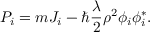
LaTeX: { \cal P } _ { i } = m J _ { i } - \hbar { \frac { \lambda } { 2 } } \rho ^ { 2 } \phi _ { i } \phi _ { i } ^ { * } .